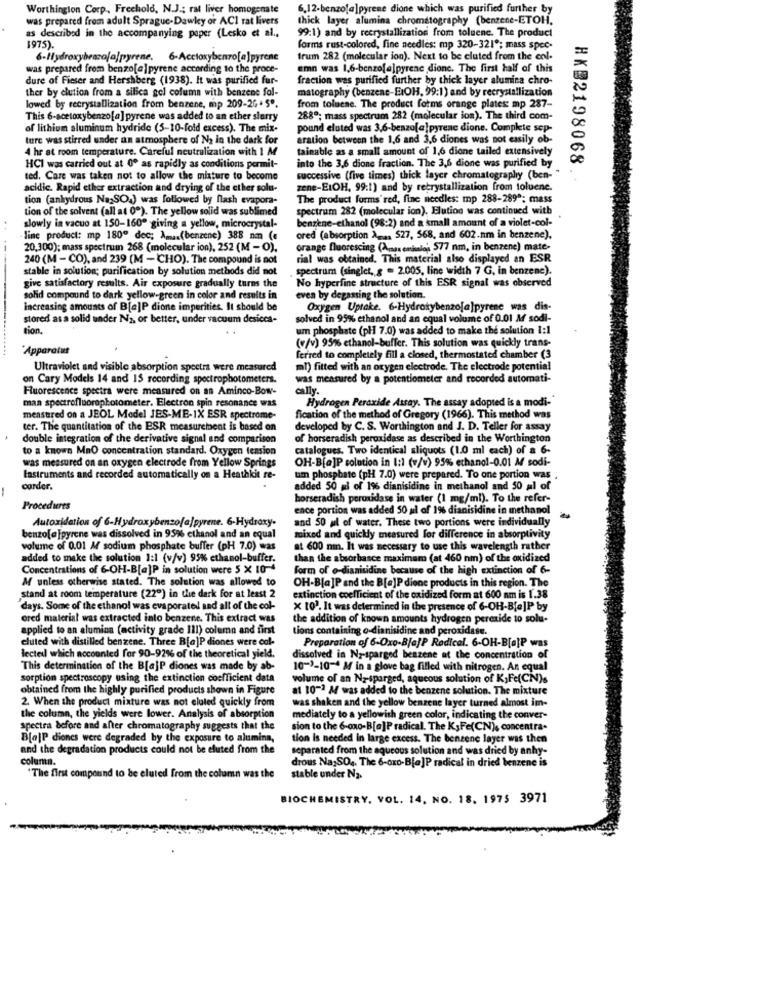
Worthington Corp ., Freehold, N.J .; rat liver homogenate
6.12-benzofa]pyrene dione which was purified further by
was prepared from adult Sprague-Dawkey or ACI rat livers
thick layer alumina chromatography (benzene-ETOH.
99:1) and by recrystallization from toluene. The product
as described in the accompanying paper (Lesko et al .,
1975).
forms rust-colored, fine needles: mp 320-321"; mass spec-
6-Hydroxybenzofajpyrene.
6-Accloxybenzo[a]pyrene
frum 282 (molecular ion). Next to be cluted from the col.
was prepared from benzo[a]pyrene according to the proce-
emn was 1,6-benzofa]pyrenc dione. The first half of this
dure of Fieser and Hershberg (1938). It was purified fur-
fraction was purified further by thick layer alumina chro-
ther by clution from a silica gel column with benzene fol-
matography (benzene-EiOH, 99:1) and by recrystallization
lowed by recrystallization from benzene, mp 209-26.5º.
from toluene. The product forms orange plates: mp 287-
This 6-acetoxybenzo[a] pyrene was added to an ether slurry
288ª; mass spectrum 282 (molecular ion). The third com-
of lithium aluminum hydride (5-10-fold excess). The mix-
pound eluted was 3,6-benzofa]pyrene dione. Complete sep-
ture was stirred under an atmosphere of No in the dark for
aration between the 1,6 and 3,6 diones was not easily ob-
4 hr at room temperature. Careful neutralization with I M
tainable as a small amount of 1,6 dione tailed extensively
HKD2198068
HCI was carried out at 0º as rapidly as conditions permit-
into the 3,6 dione fraction. The 3,6 dione was purified by
ted. Care was taken not to allow the misture to become
successive (five times) thick layer chromatography (ben- "
acidic. Rapid ether extraction and drying of the ether solu-
zene-EIOH, 99:1) and by recrystallization from toluene.
tion (anhydrous Na:SO.) was followed by flash evapora-
The product forms'red, fine needles: mp 288-289ª; mass
tion of the solvent (all at 0º). The yellow solid was sublimed
spectrum 282 (molecular ion). Elution was continued with
benzene-ethanol (98:2) and a small amount of a violet-col-
..
slowly in vacuo at 150-160" giving a yellow, microcrystal-
line product: mp 180º dec; Am .. (benzene) 388 nm («
ored (absorption A -.. $27, 568, and 602.nm in benzene).
20,300); mass spectrum 268 (molecular ion), 252 (M - O).
orange fluorescing (Anaemialos 577 nm, in benzene) mate-
240 (M- CO), and 239 (M -CHO). The compound is not
rial was obtained. This material also displayed an ESR
stable in solution; purification by solution methods did not
spectrum (singict, g = 2.005, line width 7 G, in benzene).
No hyperfine structure of this ESR signal was observed
give satisfactory results. Air exposure gradually turns the
solid compound to dark yellow-green in color and results in
even by degassing the solution.
increasing amounts of B[a]P dione imperities. It should be
Oxygen Uptake. 6-Hydroxybenzo[a]pyrene was dis-
stored as a solid under N2, or better, under vacuum desicca-
solved in 95% ethanol and an equal volume of 0.01 M sodi-
tion,
um phosphate (pH 7.0) was added to make the solution I:1
(v/v) 95% ethanol-buffer. This solution was quickly trans-
"Apparatus
ferred to completely fill a closed, thermostated chamber (3
Ultraviolet and visible absorption spectra were measured
ml) fitted with an oxygen electrode. The electrode potential
on Cary Models 14 and 15 recording spectrophotometers.
was measured by a potentiometer and recorded automati-
Fluorescence spectra were measured on an Aminco-Bow-
cally.
Hydrogen Peroxide Assay. The assay adopted is a modi-"
man spectrofluorophotometer. Electron spin resonance was
measured on a JEOL Model JES-ME-IX ESR spectrome-
fication of the method of Gregory (1966). This method was
ter. The quantitation of the ESR measurement is based on
developed by C. S. Worthington and J. D. Teller for assay
double integration of the derivative signal and comparison
of horseradish peroxidase as described in the Worthington
to a known MnO concentration standard. Oxygen tension
catalogues. Two identical sliquots (1.0 ml each) of a 6-
was measured on an oxygen electrode from Yellow Springs
OH-B[a]P solution in I:1 (v/v) 95% ethanol-0.01 M sodi-
Instruments and recorded automatically on a Heathkit re-
um phosphate (pH 7.0) were prepared. To one portion was
-
corder.
added 50 ml of 196 dianisidine in methanol and 50 al of
horseradish peroxidase in water (1 mg/ml). To the refer-
Procedures
ence portion was added 50 ul of 1% dianisidine in methanol
Autoxidation of 6-Hydroxybenzo[a]pyrene. 6-Hydroxy-
and 50 ml of water. These two portions were individually
benzo[@ ]pyrene was dissolved in 95% ethanol and an equal
mixed and quickly measured for difference in absorptivity
volume of 0.01 M sodium phosphate buffer (pH 7.0) was
at 600 nm. It was necessary to use this wavelength rather
added to make the solution 1:1 (v/v) 95% ethanol-buffer.
than the absorbance maximam (at 460 nm) of the oxidized
Concentrations of 6-OH-B[a]P in solution were 5 X 10-4
form of o-dianiuidine because of the high extinction of 6-
M unless otherwise stated. The solution was allowed to
OH-B[a]P and the B[e]P dione products in this region. The
stand at room temperature (22") in the dark for at least 2
extinction coefficient of the oxidized form at 600 nm is 1.38
days. Some of the ethanol was evaporated and all of the col-
x 10). It was determined in the presence of 6-OH-B[e]P by
ored material was extracted into benzene. This extract was
the addition of known amounts hydrogen peroxide to solu-
applied to an alumina (activity grade 111) column and first
Lions containing o-dianisidine and peroxidase.
cluted with distilled benzene. Three B[a]P diones were cal-
Preparation of 6-0xo-BjajP Radical. 6-OH-B[a]P was
lected which accounted for 90-92% of the theoretical yield.
dissolved in No-sparged benzene at the concentration of
"This determination of the B[a]P diones was made by ab-
10-1-10-4 M in a glove bag filled with nitrogen. An equal
sorption spectroscopy using the extinction coefficient data
volume of an Nysparged, aqueous solution of K;Fe(CN)s
obtained from the highly purified products shown in Figure
at 10-2 M/ was added to the benzene solution. The mixture
2. When the product mixture was not cluled quickly from
was shaken and the yellow benzene layer turned almost im-
the column, the yields were lower. Analysis of absorption
mediately to a yellowish green color, indicating the conver-
spectra before and after chromatography suggests that the
sion to the 6-oxo-B[a]P radical. The K;Fe(CN), concentra.
B[o]P diones were degraded by the exposure to aluminn,
tion is needed In large excess. The benzene layer was then
and the degradation products could not be eluted from the
separated from the aqueous solution and was dried by anhy-
column.
drous Na, SO .. The 6-oxo-B[a]P radical in dried benzene is
"The first compound to be eluted from the column was the
stable under N2.
BIOCHEMISTRY, VOL. 14, NO. 18. 1975 3971